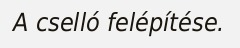
A cselló felépítése.